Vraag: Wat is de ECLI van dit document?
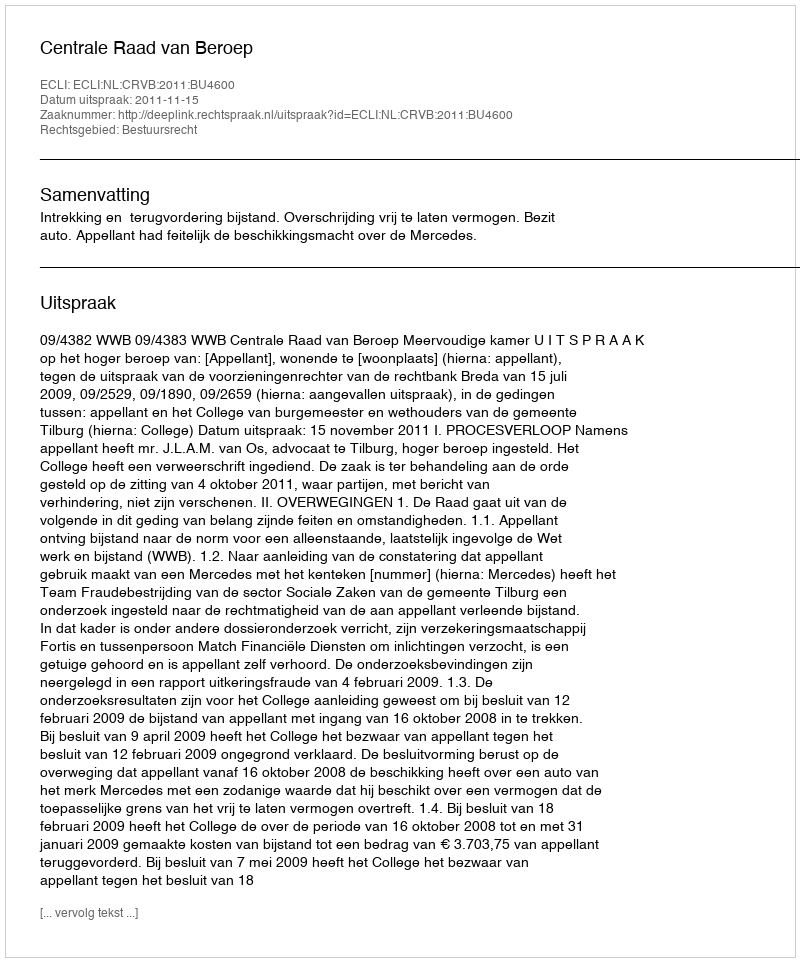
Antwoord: ECLI:NL:CRVB:2011:BU4600